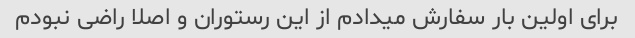
برای اولین بار سفارش میدادم از این رستوران و اصلا راضی نبودم